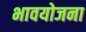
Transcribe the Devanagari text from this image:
भावयोजना